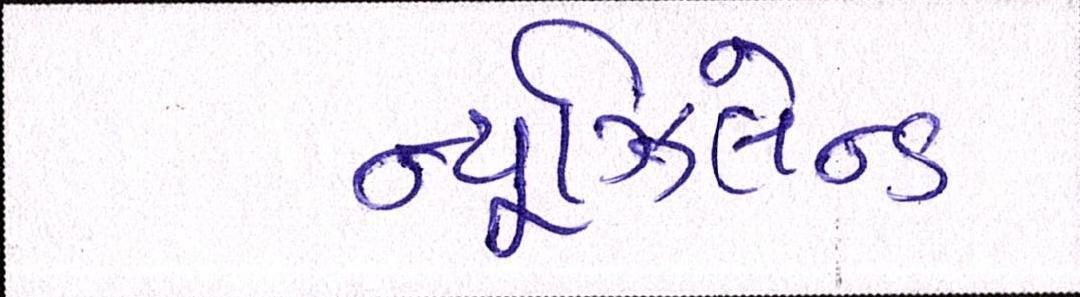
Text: ન્યૂઝિલેન્ડ